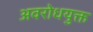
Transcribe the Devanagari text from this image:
अवरोधयुक्त